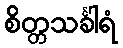
စိတ္တသင်္ခါရံ